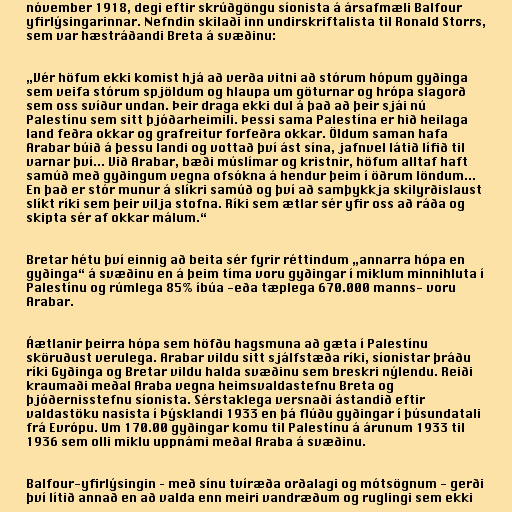
nóvember 1918, degi eftir skrúðgöngu síonista á ársafmæli Balfour
yfirlýsingarinnar. Nefndin skilaði inn undirskriftalista til Ronald Storrs,
sem var hæstráðandi Breta á svæðinu:

„Vér höfum ekki komist hjá að verða vitni að stórum hópum gyðinga
sem veifa stórum spjöldum og hlaupa um göturnar og hrópa slagorð
sem oss svíður undan. Þeir draga ekki dul á það að þeir sjái nú
Palestínu sem sitt þjóðarheimili. Þessi sama Palestína er hið heilaga
land feðra okkar og grafreitur forfeðra okkar. Öldum saman hafa
Arabar búið á þessu landi og vottað því ást sína, jafnvel látið lífið til
varnar því... Við Arabar, bæði múslímar og kristnir, höfum alltaf haft
samúð með gyðingum vegna ofsókna á hendur þeim í öðrum löndum...
En það er stór munur á slíkri samúð og því að samþykkja skilyrðislaust
slíkt ríki sem þeir vilja stofna. Ríki sem ætlar sér yfir oss að ráða og
skipta sér af okkar málum.“

Bretar hétu því einnig að beita sér fyrir réttindum „annarra hópa en
gyðinga“ á svæðinu en á þeim tíma voru gyðingar í miklum minnihluta í
Palestínu og rúmlega 85% íbúa -eða tæplega 670.000 manns- voru
Arabar.

Áætlanir þeirra hópa sem höfðu hagsmuna að gæta í Palestínu
sköruðust verulega. Arabar vildu sitt sjálfstæða ríki, síonistar þráðu
ríki Gyðinga og Bretar vildu halda svæðinu sem breskri nýlendu. Reiði
kraumaði meðal Araba vegna heimsvaldastefnu Breta og
þjóðernisstefnu síonista. Sérstaklega versnaði ástandið eftir
valdastöku nasista í Þýsklandi 1933 en þá flúðu gyðingar í þúsundatali
frá Evrópu. Um 170.00 gyðingar komu til Palestínu á árunum 1933 til
1936 sem olli miklu uppnámi meðal Araba á svæðinu.

Balfour-yfirlýsingin – með sínu tvíræða orðalagi og mótsögnum - gerði
því lítið annað en að valda enn meiri vandræðum og ruglingi sem ekki